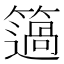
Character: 簻